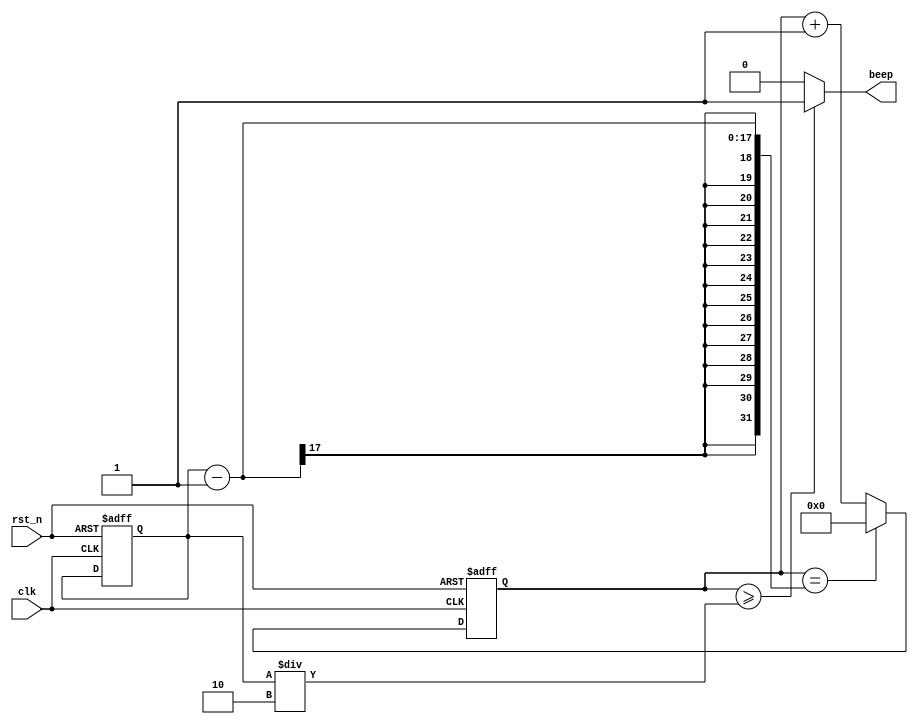
module beep_music  (
//输入与输出信号定义
input              clk  ,
input              rst_n,

output             beep
);
//中间信号定义
reg     [16:0]     cnt0    ;       //产生PWM的计数器
wire               add_cnt0;
wire               end_cnt0;

reg     [7:0]      cnt1    ;      //每个音符持续时间的计数器
wire               add_cnt1;
wire               end_cnt1;

reg     [10:0]      cnt2    ;     //共2^n个音节
wire               add_cnt2;
wire               end_cnt2;

reg     [16:0]     pre_set ;    //存放每个音节的频率在系统中的时钟个数

//每个音符对应的系统周期计数
localparam              M1=95602,           //1
                        M11=90253,          //1#
	                M2=85178,           //2
			M21=80386,          //2#
	                M3=75872,           //3
	                M4=71633,           //4
			M41=67568,          //4#
	                M5=63775,           //5
			M51=60168,          //5#
	                M6=56818,           //6
			M61=53648,          //6#
	                M7=50607,           //7
                        //high key
			H1=47801,           //1
			H11=45086,           //1#
			H2=42553,           //2
			H21=40161,           //2#
			H3=37936,           //3
			H4=35791,           //4
			H41=33784,           //4#
			H5=31888,           //5
			H51=30102,           //5#
			H6=28409,          //6
			H61=26810,          //6#
			H7=25303,          //7

			//更高音
	                HH1=23883,
	                HH2=22543,

			//low key
			D5=127551,          //5
			D51=120482,         //5#
			D6=113636,          //6
			D61=107296,         //6#
			D7=101215,          //7
			S=2500;             //休止符


always @(posedge clk or negedge rst_n)begin
    if(!rst_n)begin
        cnt0<=0;
    end
    else if(add_cnt0)begin
        if(end_cnt0)
            cnt0<=0;
        else
            cnt0<=cnt0+1;  
    end
end
assign add_cnt0=1'b1;
assign end_cnt0=add_cnt0 && cnt0==pre_set-1;
assign beep=(cnt0>=(pre_set/2))?1:0;          //每个音符的占空比为50%


//每个音符持续一段时间
always @(posedge clk or negedge rst_n)begin
    if(!rst_n)begin
        cnt1<=0;
    end
    else if(add_cnt1)begin
        if(end_cnt1)
            cnt1<=0;
        else
            cnt1<=cnt1+1; 
    end
end
assign add_cnt1=end_cnt0;
assign end_cnt1=add_cnt1 && cnt1==150-1;//小于2^n

//计2^n个音符

always @(posedge clk or negedge rst_n)begin
    if(!rst_n)begin
        cnt2<=0;  
    end
    else if(add_cnt2)begin
        if(end_cnt2)
            cnt2<=0;   
        else 
            cnt2<=cnt2+1;
    end
end
assign add_cnt2=end_cnt1;
assign end_cnt2=add_cnt2 && cnt2==1024-1;//改

//存放歌曲的简谱
always @(posedge clk or negedge rst_n)begin
    if(!rst_n)begin
        pre_set<=0;  
    end
    else begin
        case(cnt2)
            //music code here
        endcase
    end
end
endmodule